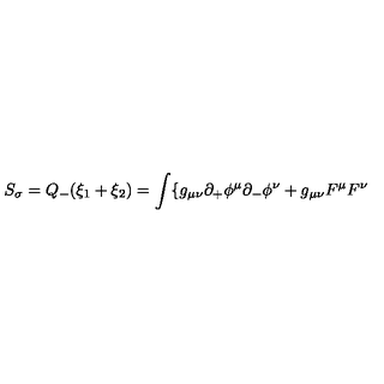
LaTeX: S _ { \sigma } = Q _ { - } ( \xi _ { 1 } + \xi _ { 2 } ) = \int \{ g _ { \mu \nu } \partial _ { + } \phi ^ { \mu } \partial _ { - } \phi ^ { \nu } + g _ { \mu \nu } F ^ { \mu } F ^ { \nu }